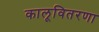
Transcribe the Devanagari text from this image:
कालूवितरणा